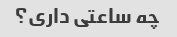
چه ساعتی داری؟